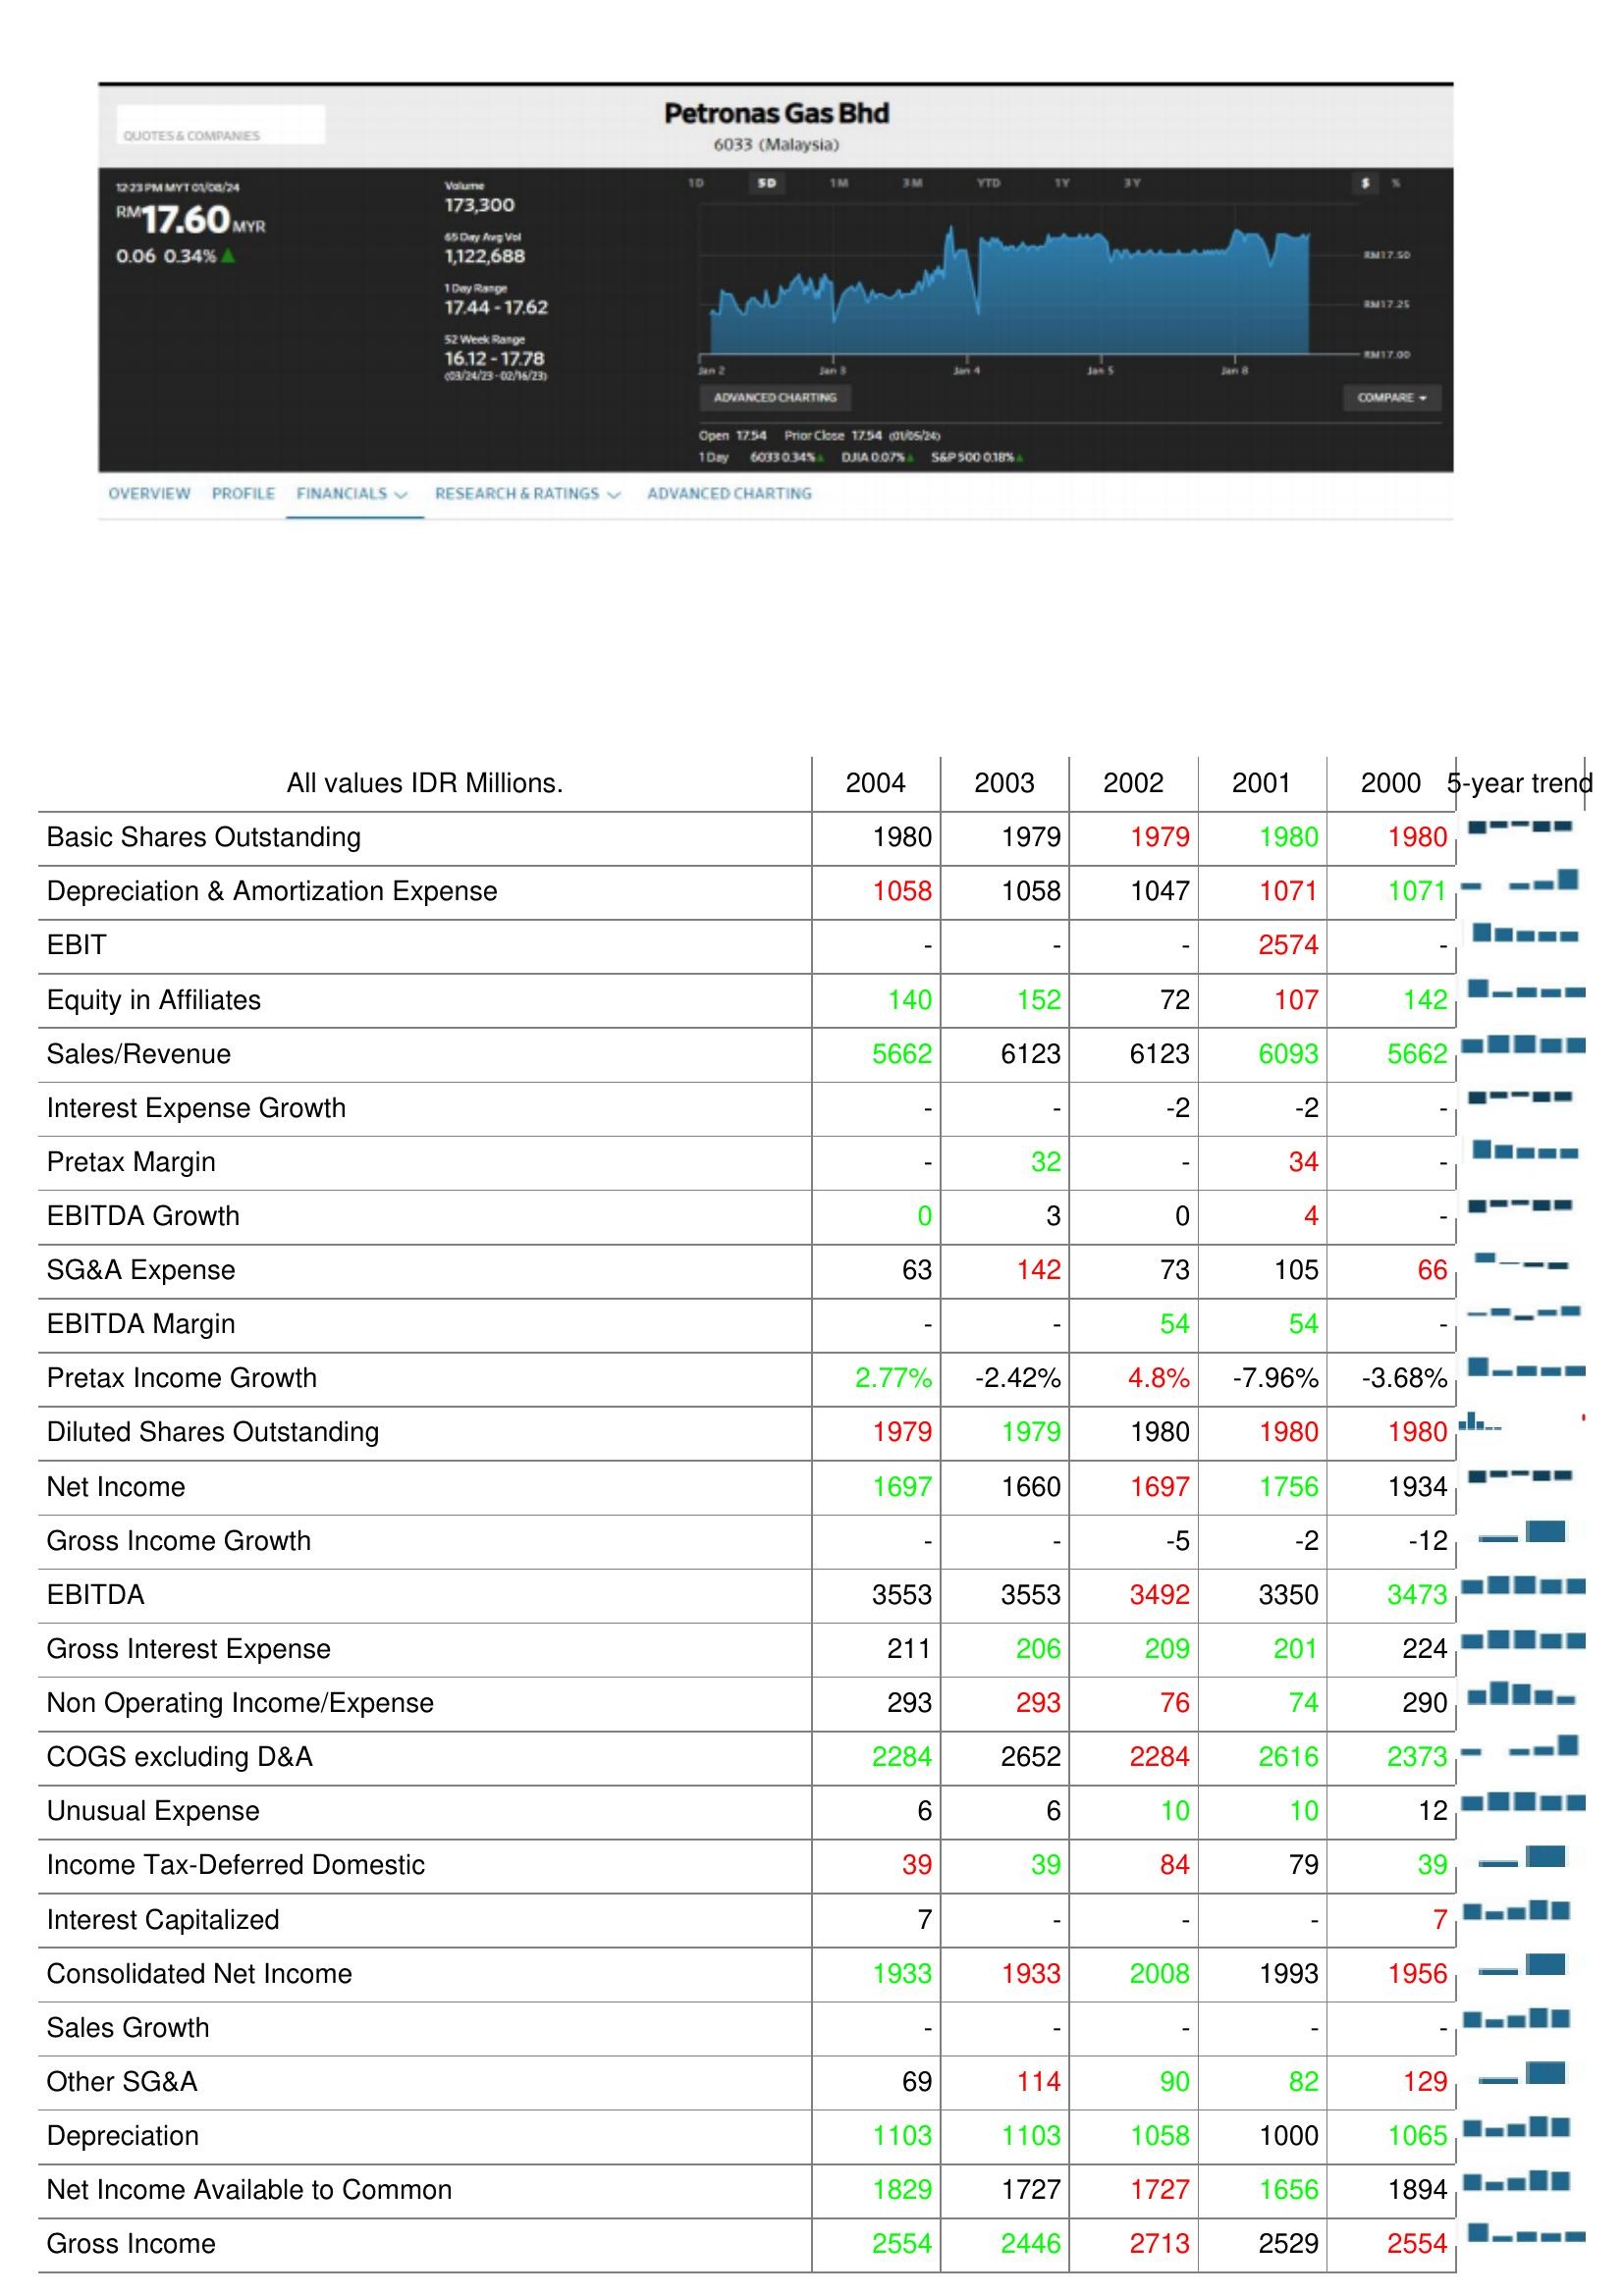
2004: : Basic Shares Outstanding: 1980
Depreciation & Amortization Expense: 1058
EBIT: -
Equity in Affiliates: 140
Sales/Revenue: 5662
Interest Expense Growth: -
Pretax Margin: -
EBITDA Growth: 0
SG&A Expense: 63
EBITDA Margin: -
Pretax Income Growth: 2.77%
Diluted Shares Outstanding: 1979
Net Income: 1697
Gross Income Growth: -
EBITDA: 3553
Gross Interest Expense: 211
Non Operating Income/Expense: 293
COGS excluding D&A: 2284
Unusual Expense: 6
Income Tax-Deferred Domestic: 39
Interest Capitalized: 7
Consolidated Net Income: 1933
Sales Growth: -
Other SG&A: 69
Depreciation: 1103
Net Income Available to Common: 1829
Gross Income: 2554
2003: : Basic Shares Outstanding: 1979
Depreciation & Amortization Expense: 1058
EBIT: -
Equity in Affiliates: 152
Sales/Revenue: 6123
Interest Expense Growth: -
Pretax Margin: 32
EBITDA Growth: 3
SG&A Expense: 142
EBITDA Margin: -
Pretax Income Growth: -2.42%
Diluted Shares Outstanding: 1979
Net Income: 1660
Gross Income Growth: -
EBITDA: 3553
Gross Interest Expense: 206
Non Operating Income/Expense: 293
COGS excluding D&A: 2652
Unusual Expense: 6
Income Tax-Deferred Domestic: 39
Interest Capitalized: -
Consolidated Net Income: 1933
Sales Growth: -
Other SG&A: 114
Depreciation: 1103
Net Income Available to Common: 1727
Gross Income: 2446
2002: : Basic Shares Outstanding: 1979
Depreciation & Amortization Expense: 1047
EBIT: -
Equity in Affiliates: 72
Sales/Revenue: 6123
Interest Expense Growth: -2
Pretax Margin: -
EBITDA Growth: 0
SG&A Expense: 73
EBITDA Margin: 54
Pretax Income Growth: 4.8%
Diluted Shares Outstanding: 1980
Net Income: 1697
Gross Income Growth: -5
EBITDA: 3492
Gross Interest Expense: 209
Non Operating Income/Expense: 76
COGS excluding D&A: 2284
Unusual Expense: 10
Income Tax-Deferred Domestic: 84
Interest Capitalized: -
Consolidated Net Income: 2008
Sales Growth: -
Other SG&A: 90
Depreciation: 1058
Net Income Available to Common: 1727
Gross Income: 2713
2001: : Basic Shares Outstanding: 1980
Depreciation & Amortization Expense: 1071
EBIT: 2574
Equity in Affiliates: 107
Sales/Revenue: 6093
Interest Expense Growth: -2
Pretax Margin: 34
EBITDA Growth: 4
SG&A Expense: 105
EBITDA Margin: 54
Pretax Income Growth: -7.96%
Diluted Shares Outstanding: 1980
Net Income: 1756
Gross Income Growth: -2
EBITDA: 3350
Gross Interest Expense: 201
Non Operating Income/Expense: 74
COGS excluding D&A: 2616
Unusual Expense: 10
Income Tax-Deferred Domestic: 79
Interest Capitalized: -
Consolidated Net Income: 1993
Sales Growth: -
Other SG&A: 82
Depreciation: 1000
Net Income Available to Common: 1656
Gross Income: 2529
2000: : Basic Shares Outstanding: 1980
Depreciation & Amortization Expense: 1071
EBIT: -
Equity in Affiliates: 142
Sales/Revenue: 5662
Interest Expense Growth: -
Pretax Margin: -
EBITDA Growth: -
SG&A Expense: 66
EBITDA Margin: -
Pretax Income Growth: -3.68%
Diluted Shares Outstanding: 1980
Net Income: 1934
Gross Income Growth: -12
EBITDA: 3473
Gross Interest Expense: 224
Non Operating Income/Expense: 290
COGS excluding D&A: 2373
Unusual Expense: 12
Income Tax-Deferred Domestic: 39
Interest Capitalized: 7
Consolidated Net Income: 1956
Sales Growth: -
Other SG&A: 129
Depreciation: 1065
Net Income Available to Common: 1894
Gross Income: 2554